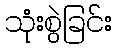
သုံးစွဲခြင်း